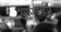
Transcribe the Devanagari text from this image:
आमफ़हम